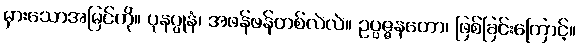
မှားသောအမြင်ကို။ ပုနပ္ပုနံ၊ အဖန်ဖန်တစ်လဲလဲ။ ဥပ္ပဇ္ဇနတော၊ ဖြစ်ခြင်းကြောင့်။